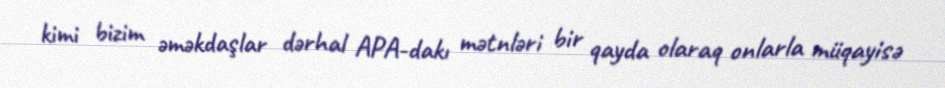
kimi bizim əməkdaşlar dərhal APA-dakı mətnləri bir qayda olaraq onlarla müqayisə